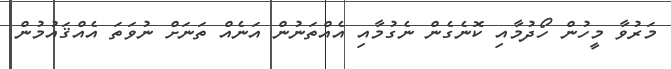
މަރުވާ މީހުން ހޯދުމާއި ކޮނެގެން ނެގުމާއި އެއްތަނުން އަނެއް ތަނަށް ނުވަތަ އެއްޤައުމުން